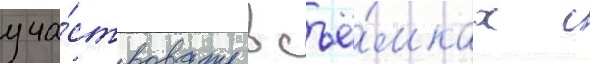
уча́ствовать в съё́мках с